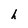
Character: h